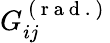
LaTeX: G_{ij}^{\mathrm{~(~r~a~d~.~)~}}